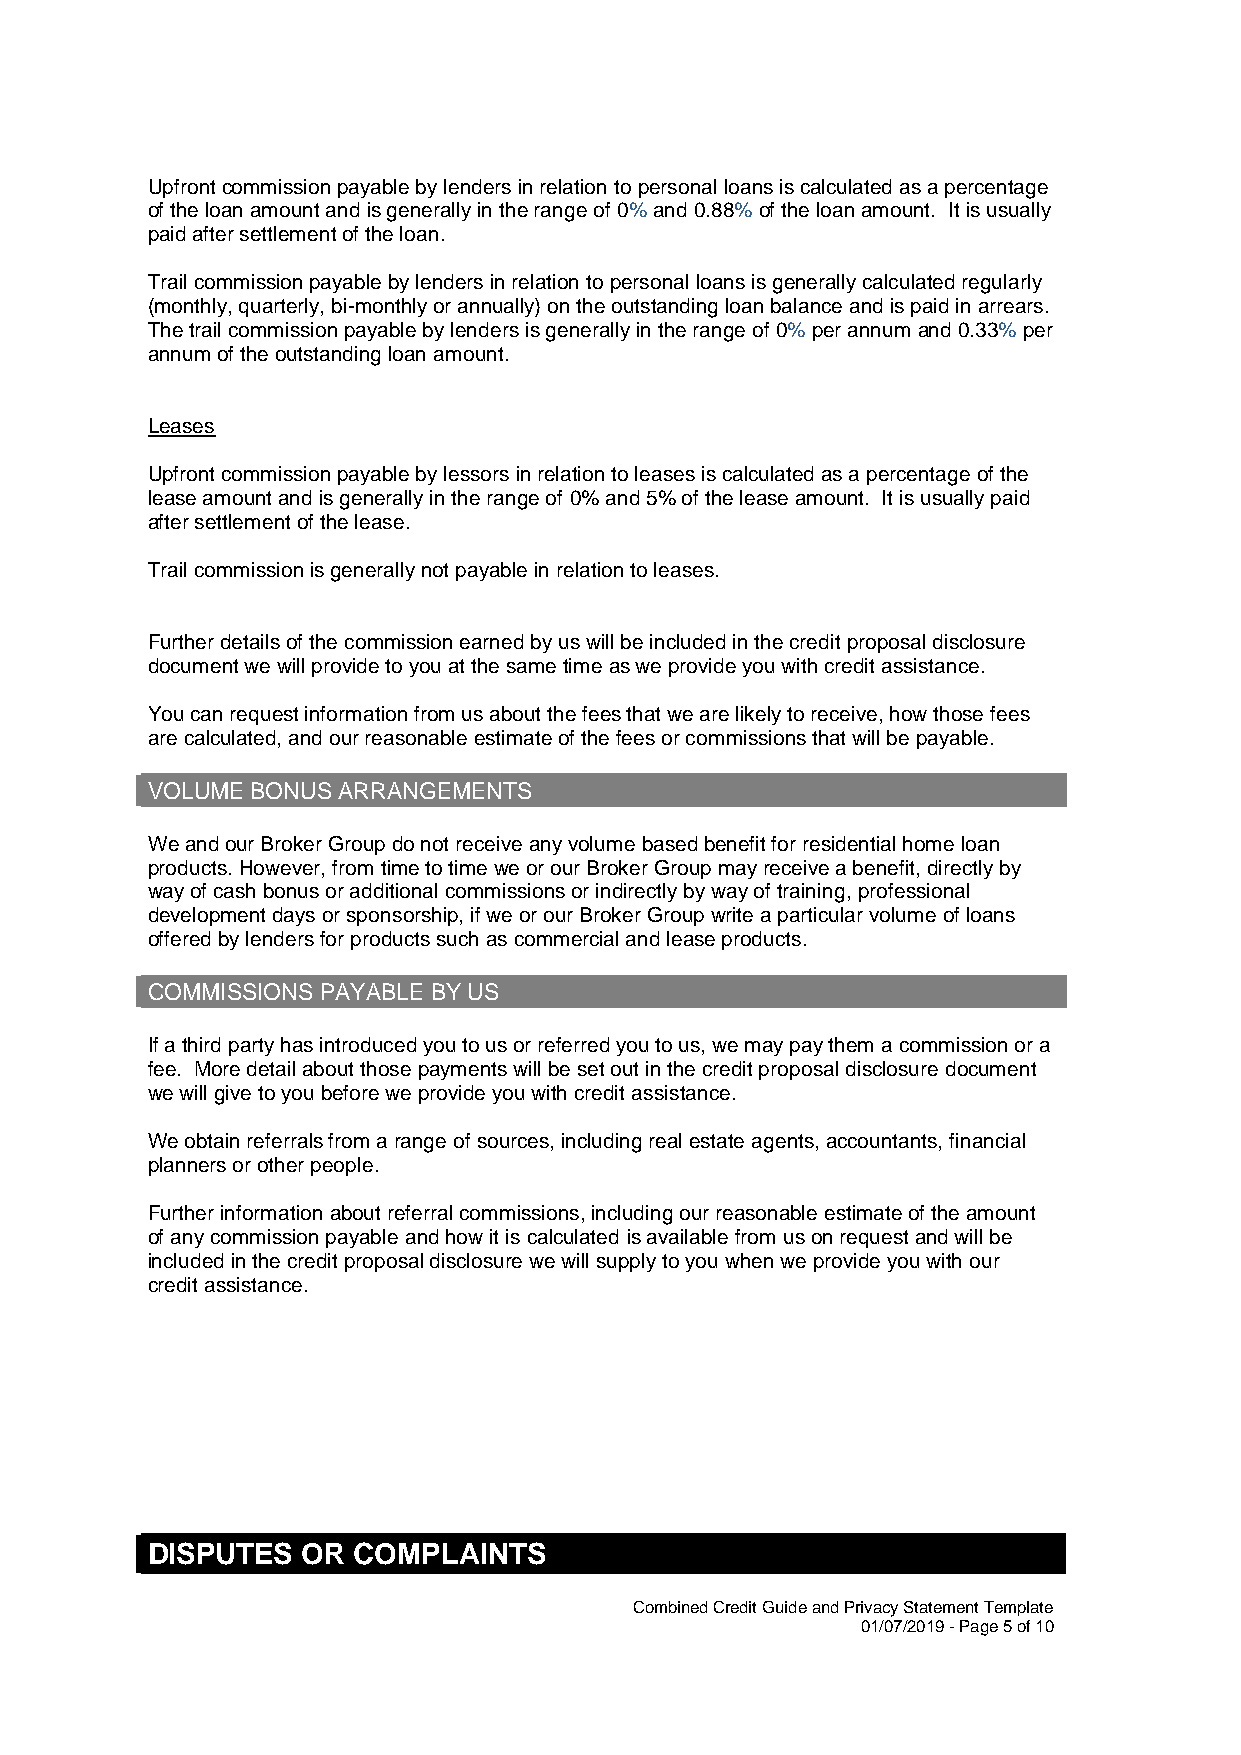
Upfront commission payable by lenders in relation to personal loans is calculated as a percentage
 of the loan amount and is generally in the range of 0% and 0.88% of the loan amount. It is usually
 paid after settlement of the loan.
 Trail commission payable by lenders in relation to personal loans is generally calculated regularly
 (monthly, quarterly, bi-monthly or annually) on the outstanding loan balance and is paid in arrears.
 The trail commission payable by lenders is generally in the range of 0% per annum and 0.33% per
 annum of the outstanding loan amount.
 Leases
 Upfront commission payable by lessors in relation to leases is calculated as a percentage of the
 lease amount and is generally in the range of 0% and 5% of the lease amount. It is usually paid
 after settlement of the lease.
 Trail commission is generally not payable in relation to leases.
 Further details of the commission earned by us will be included in the credit proposal disclosure
 document we will provide to you at the same time as we provide you with credit assistance.
 You can request information from us about the fees that we are likely to receive, how those fees
 are calculated, and our reasonable estimate of the fees or commissions that will be payable.
 VOLUME BONUS ARRANGEMENTS
 We and our Broker Group do not receive any volume based benefit for residential home loan
 products. However, from time to time we or our Broker Group may receive a benefit, directly by
 way of cash bonus or additional commissions or indirectly by way of training, professional
 development days or sponsorship, if we or our Broker Group write a particular volume of loans
 offered by lenders for products such as commercial and lease products.
 COMMISSIONS PAYABLE BY US
 If a third party has introduced you to us or referred you to us, we may pay them a commission or a
 fee. More detail about those payments will be set out in the credit proposal disclosure document
 we will give to you before we provide you with credit assistance.
 We obtain referrals from a range of sources, including real estate agents, accountants, financial
 planners or other people.
 Further information about referral commissions, including our reasonable estimate of the amount
 of any commission payable and how it is calculated is available from us on request and will be
 included in the credit proposal disclosure we will supply to you when we provide you with our
 credit assistance.
 DISPUTES  OR COMPLAINTS
 Combined Credit Guide and Privacy Statement Template
 01/07/2019 - Page 5 of 10